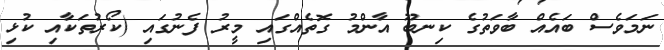
ނަމަވެސް ބައެއް ބާވަތުގެ ކިނބޫ އާންމު ގޮތެއްގައި މީރު ފެނުގައި (ކޯރުތަކާއި ކުޅި